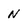
Character: N